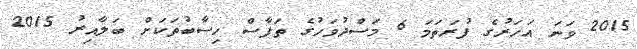
2015 ވަނަ އަހަރުގެ ފުރަތަމަ 6 މަސްދުވަހުގެ ތަފާސް ހިސާބުތަކަށް ބަލާއިރު 2015